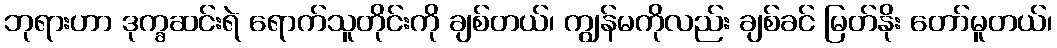
ဘုရားဟာ ဒုက္ခဆင်းရဲ ရောက်သူတိုင်းကို ချစ်တယ်၊ ကျွန်မကိုလည်း ချစ်ခင် မြတ်နိုး တော်မူတယ်၊